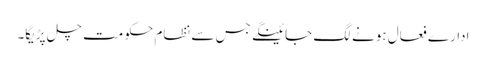
ادارے فعال ہونے لگ جائینگے جس سے نظام حکومت چل پڑیگا۔